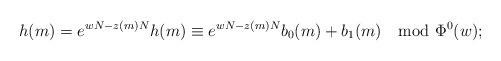
\begin{align*}h(m) = e^{w N - z(m) N} h(m) \equiv e^{w N - z(m) N} b_0(m) + b_1(m) \mod \Phi^0(w);\end{align*}